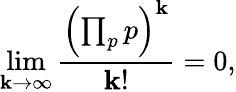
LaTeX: \operatorname*{lim}_{\mathbf{k}\to\infty}{\frac{{\left(\prod_{p}p\right)^{\mathbf{k}}}}{{\mathbf{k}!}}}=0,